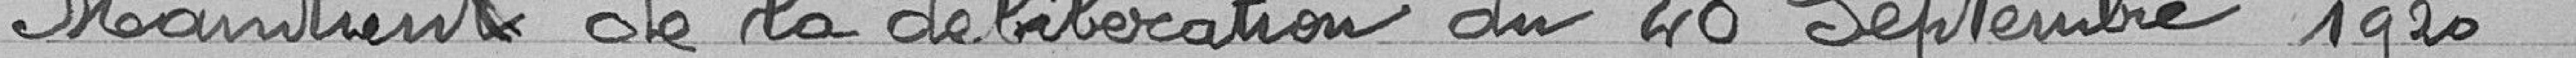
Maintient de la délibération du 20 septembre 1920